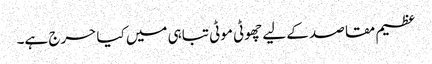
عظیم مقاصد کے لیے چھوٹی موٹی تباہی میں کیا حرج ہے۔